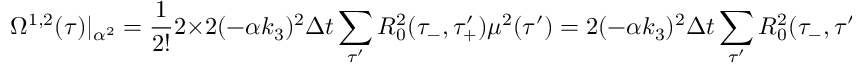
\Omega ^ { 1 , 2 } ( \tau ) | _ { \alpha ^ { 2 } } = \frac { 1 } { 2 ! } 2 \times 2 ( - \alpha k _ { 3 } ) ^ { 2 } \Delta t \sum _ { \tau ^ { \prime } } R _ { 0 } ^ { 2 } ( \tau _ { - } , \tau _ { + } ^ { \prime } ) \mu ^ { 2 } ( \tau ^ { \prime } ) = 2 ( - \alpha k _ { 3 } ) ^ { 2 } \Delta t \sum _ { \tau ^ { \prime } } R _ { 0 } ^ { 2 } ( \tau _ { - } , \tau ^ { \prime } ) \mu ^ { 2 } ( \tau _ { - } ^ { \prime } )